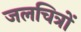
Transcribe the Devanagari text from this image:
जलचित्रों